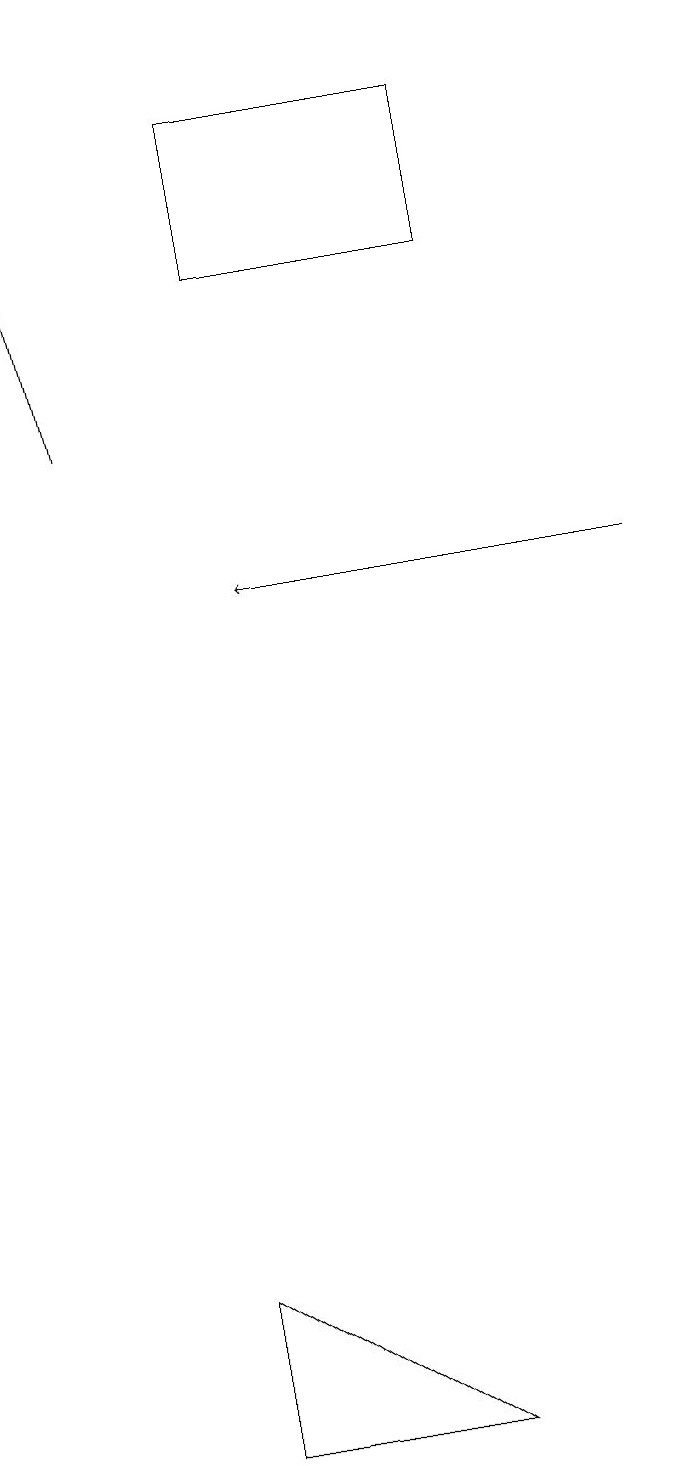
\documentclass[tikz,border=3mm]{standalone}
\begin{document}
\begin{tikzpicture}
\draw[->] (9,12) -- (4,12);
\draw (7,18) rectangle (4,16);
\draw (6,1) -- (3,1) -- (3,3) -- cycle;
\draw[->] (2,14) -- (1,19);
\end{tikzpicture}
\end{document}